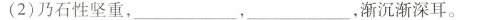
(2)乃石性坚重，___，___，渐沉渐深耳。